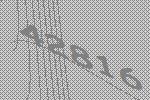
42816